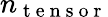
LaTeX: n_{\mathrm{~t~e~n~s~o~r~}}